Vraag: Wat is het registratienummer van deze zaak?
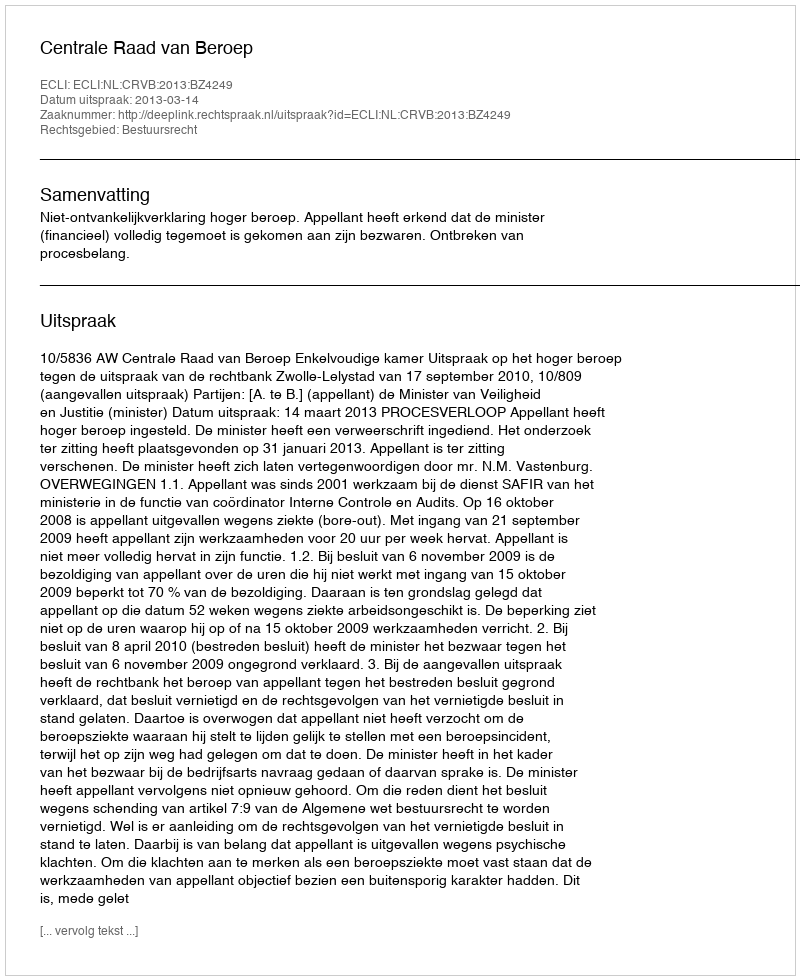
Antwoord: http://deeplink.rechtspraak.nl/uitspraak?id=ECLI:NL:CRVB:2013:BZ4249